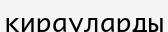
қирауларды